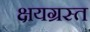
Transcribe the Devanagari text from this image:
क्षयग्रस्त